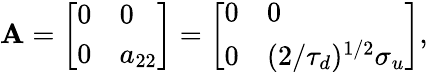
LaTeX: \mathbf{A}=\left[\begin{array}{ll}{0}&{0}\\ {0}&{a_{22}}\end{array}\right]=\left[\begin{array}{ll}{0}&{0}\\ {0}&{(2/\tau_{d})^{1/2}\sigma_{u}}\end{array}\right],